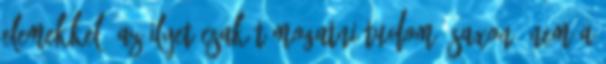
elemekkel. Az ilyet csak támogatni tudom. Saxon: Nem a